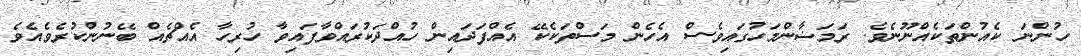
ހުންނަ ކެއުންތަކެއްނޫނެވެ. ރަމަޟާންމަހުގައިވެސް އެހެން މަސްތަކެކޭ އެއްފަދައިން ހުއްދަކުރައްވާފައިވާ ހުރިހާ އެއްޗެއް ބޭނުންކުރެވެއެވެ.